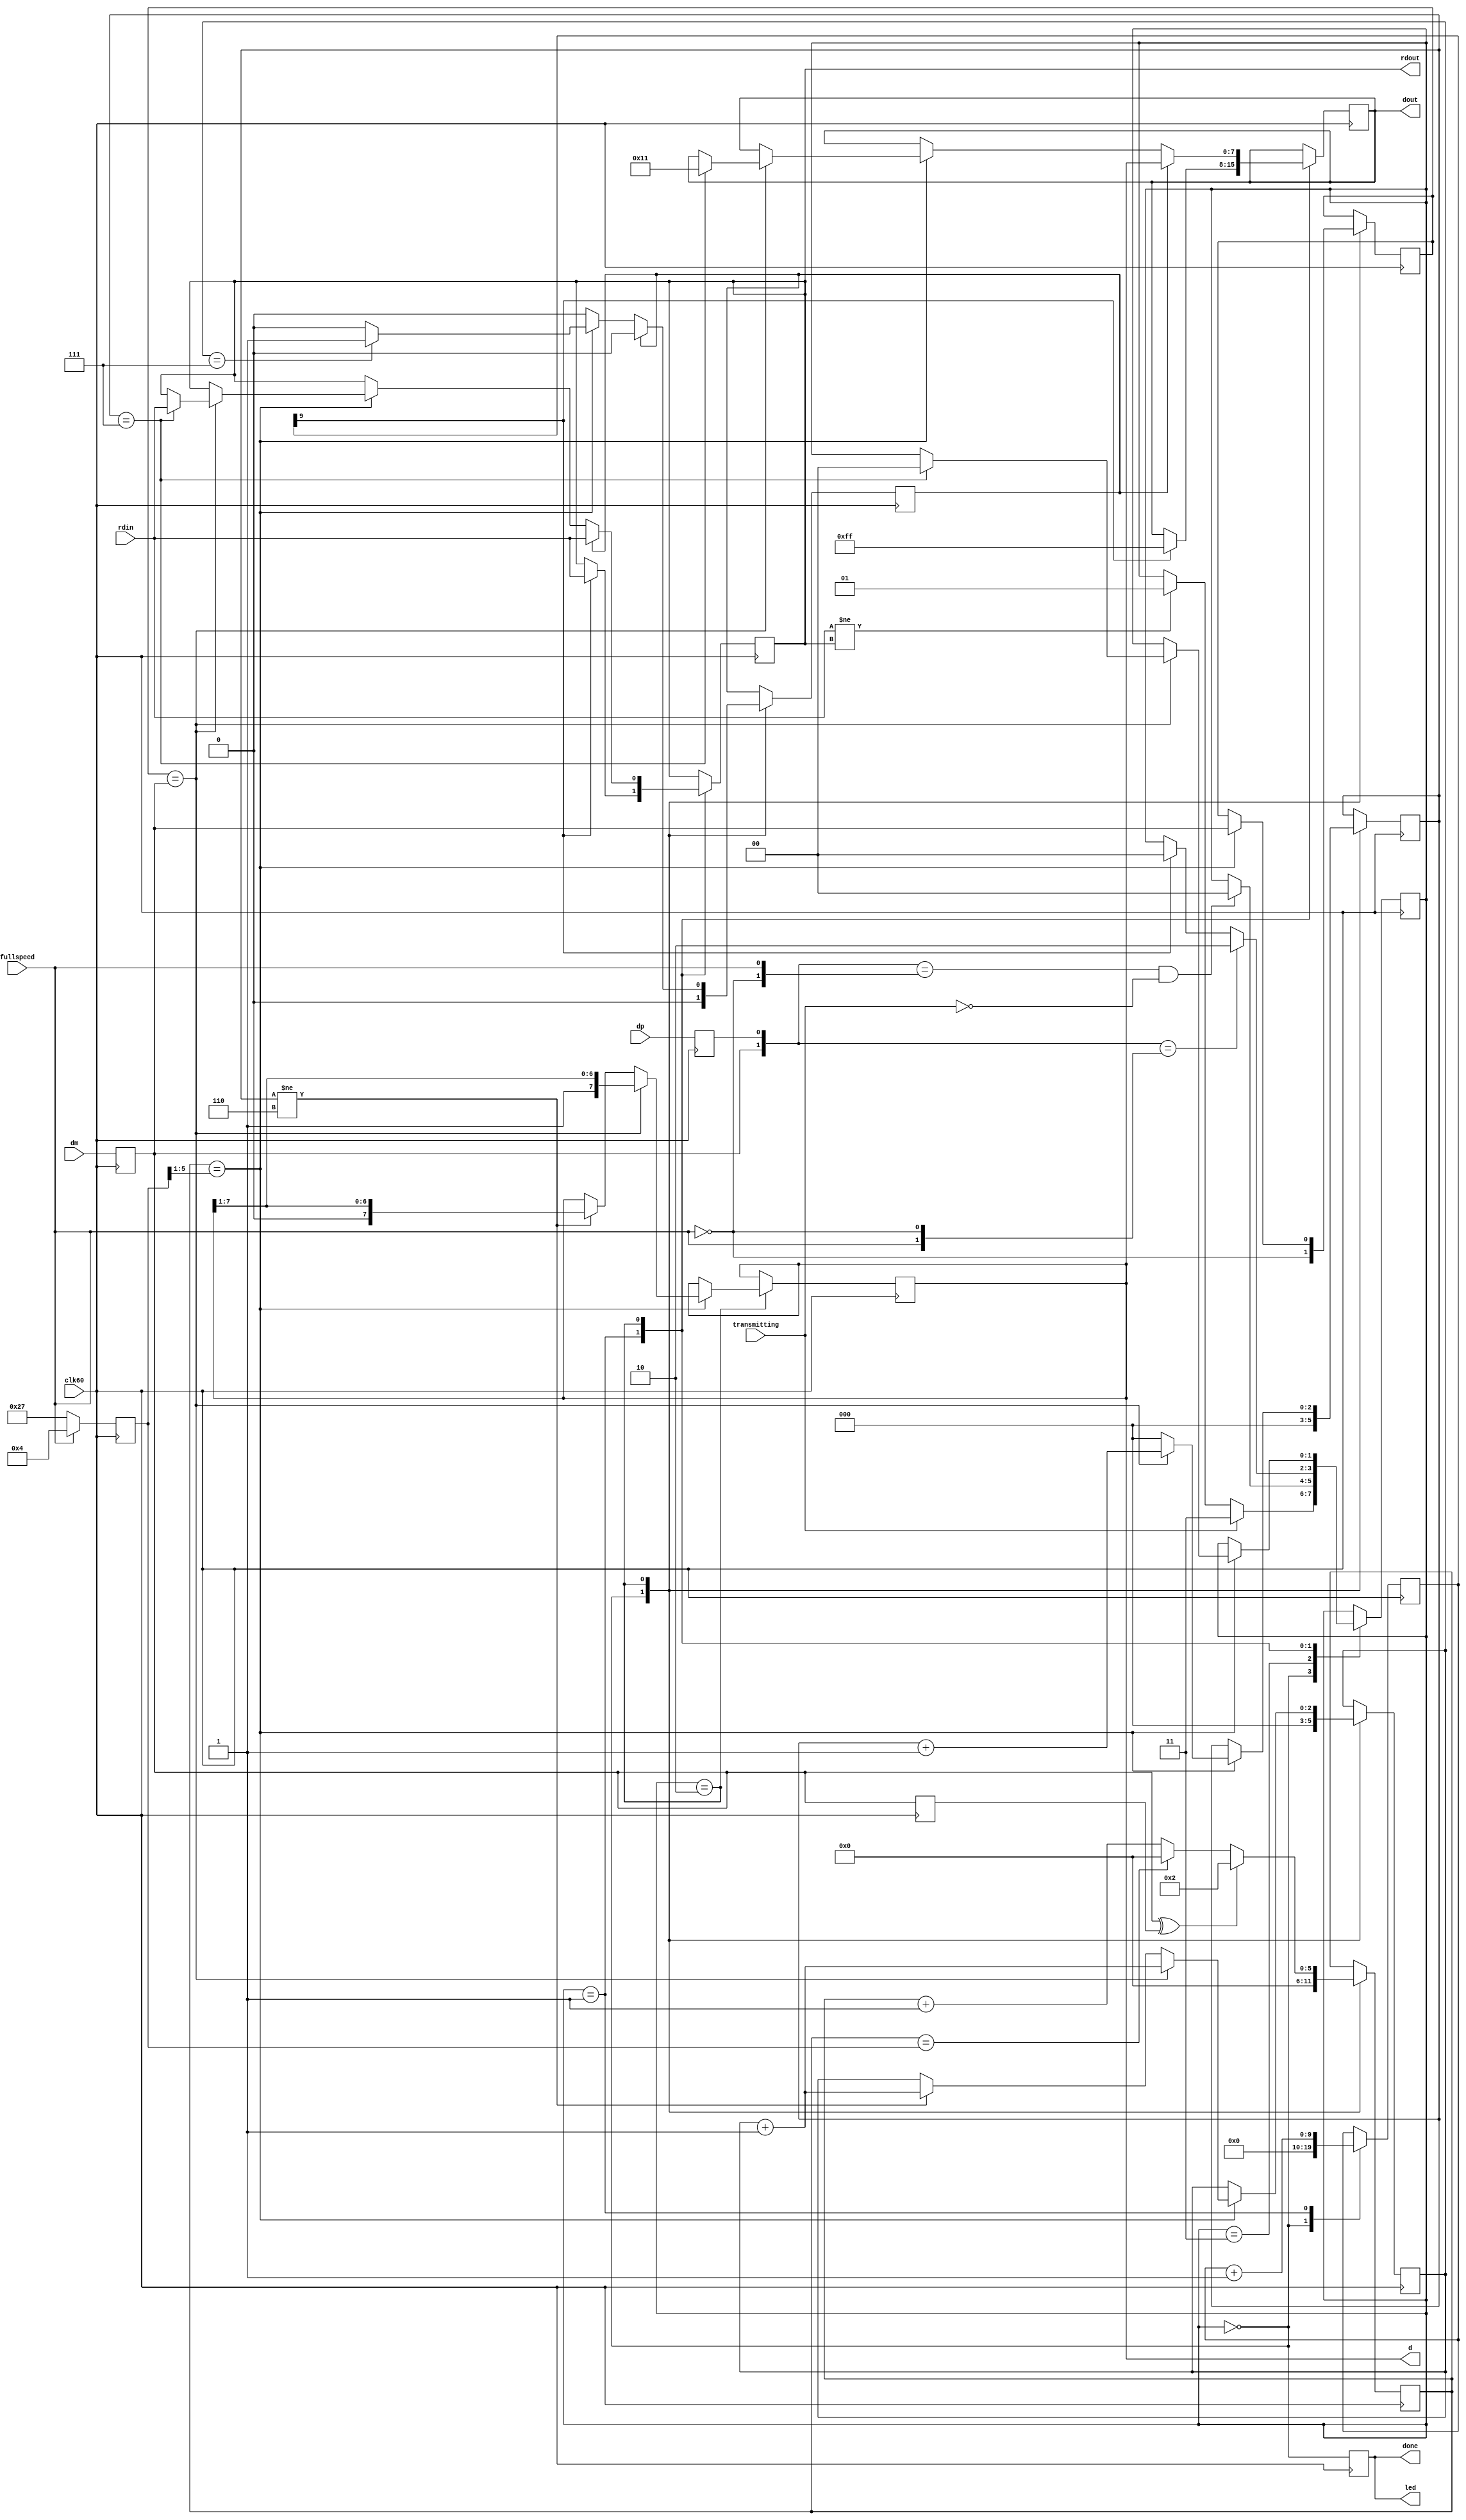
module USBrx(
	input wire clk60,
	
	input wire fullspeed,

	output reg [7:0] dout,
	input wire rdin,
	output reg rdout,

	input wire transmitting,
	
	output reg [7:0] d,
	
	output wire led,
	
	output reg done,
	
	input wire dm,
	input wire dp
);

// assign led = state != S_SYNC;
assign led = done;

reg dm1;
reg dp1;
reg dm2;
always @(posedge clk60)
begin
	dm1 <= dm;
	dp1 <= dp;
	dm2 <= dm1;
end

initial
begin
	dout = 8'h00;
	rdout = 1'b0;
	numbits = 3'd0;
	ones = 3'd0;
	rdm = 1'b0;
	clk = 1'b0;
	d = 8'h00;
end

reg [5:0] div;
reg [5:0] prescaler;
reg clk;

reg rdm;
reg [2:0] numbits;
reg [2:0] ones;

reg [9:0] timeout;

localparam
	S_IDLE		= 2'b00,
	S_SYNC		= 2'b01,
	S_RECEIVE	= 2'b10,
	S_TRANSMIT	= 2'b11;

reg [1:0] state;

reg save;

always @(posedge clk60)
begin
	prescaler <= fullspeed ? 6'd4 : 6'd39;

	clk = div == prescaler[5:1];

	done <= state == S_IDLE;
	
	case (state)
		S_IDLE:
		begin
			// Ожидание сигнала чтения от процессора
			div <= 6'd0;
			timeout <= 10'd0;
			numbits <= 3'd0;
			rdm <= ~fullspeed;
			save <= 1'b0;
			ones <= 3'd0;
			if (transmitting)
				state <= S_TRANSMIT;
			else
			if (rdin != rdout)
				state <= S_SYNC;
		end
		S_TRANSMIT:
		begin
			if (({dm1, dp1} == {~fullspeed, fullspeed}) && (!transmitting))
				state <= S_IDLE;
		end
		S_SYNC:
		begin
			// Ожидание первого бита, отмены или таймаута приема
			timeout <= timeout + 1'd1;
			if (timeout[9])
			begin
				dout <= 8'hFF;
				rdout <= rdin;
				state <= S_IDLE;
			end
			if ({dm1, dp1} == {fullspeed, ~fullspeed})
				state <= S_RECEIVE;
		end
		S_RECEIVE:
		begin
			div <= (dm1 ^ dm2) ? 6'd2 : (div == prescaler) ? 6'd0 : div + 1'd1;

			if (clk)
			begin
				if (rdm == dm1)
				begin
					ones <= ones + 3'd1;
					d <= {1'b1, d[7:1]};
					numbits <= numbits + 1'd1;
					if (ones == 3'd7)
					begin
						dout <= 8'h11;
						rdout <= rdin;
						state <= S_IDLE;
					end
				end
				else
				begin
					ones <= 3'd0;
					if (ones != 3'd6)
					begin
						d <= {1'b0, d[7:1]};
						numbits <= numbits + 1'd1;
					end
				end
				if (numbits == 3'd7)
					save <= 1'b1;
				rdm <= dm1;
			end
			if (save)
			begin
				rdout <= rdin;
				dout <= d;
				save <= 1'b0;
			end
		end
		default:
			state <= S_IDLE;
	endcase
end

endmodule